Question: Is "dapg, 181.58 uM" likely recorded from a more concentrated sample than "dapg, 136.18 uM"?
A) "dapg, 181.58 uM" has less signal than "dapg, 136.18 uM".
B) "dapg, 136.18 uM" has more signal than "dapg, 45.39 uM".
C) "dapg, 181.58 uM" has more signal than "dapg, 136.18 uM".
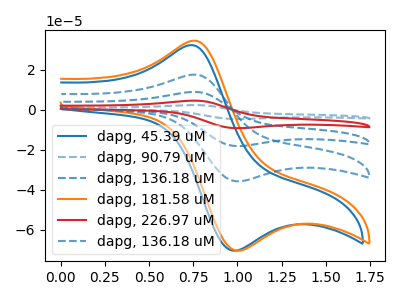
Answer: <think>The blue curve "dapg, 45.39 uM" has an anodic peak at (0.75V, 32.25uA) and a cathodic peak at (1.00V, -70.45uA). The blue dashed curve "dapg, 90.79 uM" has an anodic peak at (0.75V, 70.05uA) and a cathodic peak at (1.00V, -143.20uA). The blue dashed curve "dapg, 136.18 uM" has an anodic peak at (0.75V, 35.05uA) and a cathodic peak at (1.00V, -71.60uA). The orange curve "dapg, 181.58 uM" has an anodic peak at (0.75V, 34.45uA) and a cathodic peak at (1.00V, -70.45uA). The red curve "dapg, 226.97 uM" has an anodic peak at (0.75V, 52.55uA) and a cathodic peak at (1.00V, -107.40uA). The blue dashed curve "dapg, 136.18 uM" has an anodic peak at (0.75V, 17.50uA) and a cathodic peak at (1.00V, -35.80uA).
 All the peaks in "dapg, 181.58 uM" have a peak in "dapg, 136.18 uM" at the same potential. Every peak in "dapg, 181.58 uM" is higher than every peak in "dapg, 136.18 uM".</think>
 <answer>C) "dapg, 181.58 uM" has more signal than "dapg, 136.18 uM".</answer>
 <eval>C</eval>